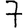
Digit: 7